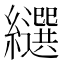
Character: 𦇗